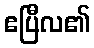
ဧပြီလ၏